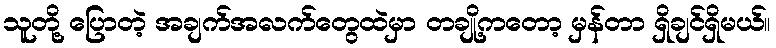
သူတို့ ပြောတဲ့ အချက်အလက်တွေထဲမှာ တချို့ကတော့ မှန်တာ ရှိချင်ရှိမယ်။